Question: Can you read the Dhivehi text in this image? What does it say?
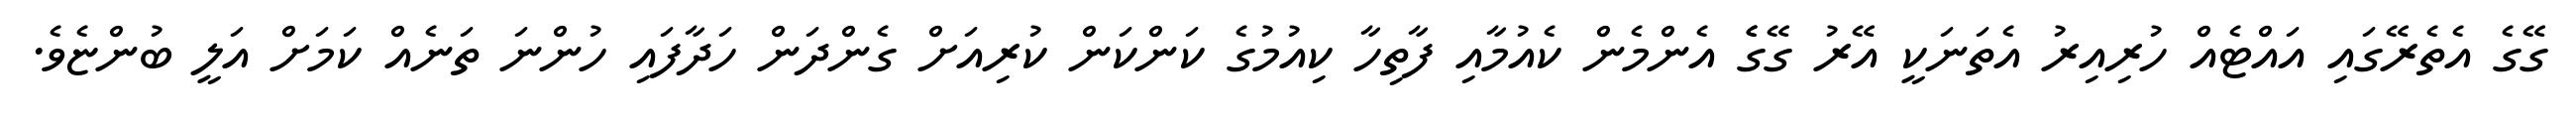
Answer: ގޭގެ އެތެރޭގައި އައްޓެއް ހުރިއިރު އެތަނަކީ އޭރު ގޭގެެ އެންމެން ކެއުމާއި ފާތިހާ ކިއުމުގެ ކަންކަން ކުރިއަށް ގެންދަން ހަދާފައި ހުންނަ ތަނެއް ކަމަށް އަލީ ބުންޏެވެ.